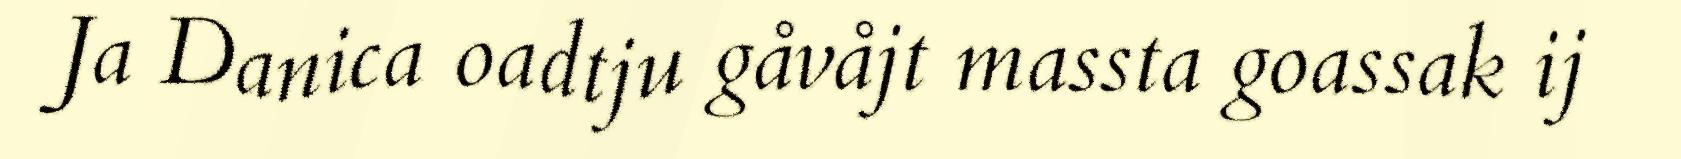
Ja Danica oadtju gåvåjt massta goassak ij